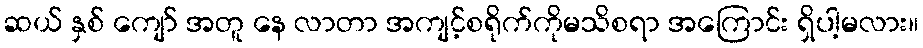
ဆယ် နှစ် ကျော် အတူ နေ လာတာ အကျင့်စရိုက်ကိုမသိစရာ အကြောင်း ရှိပါ့မလား။